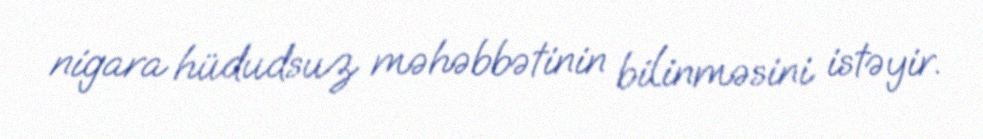
nigara hüdudsuz məhəbbətinin bilinməsini istəyir.